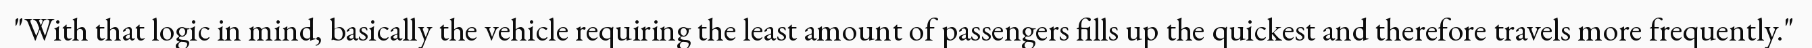
"With that logic in mind, basically the vehicle requiring the least amount of passengers fills up the quickest and therefore travels more frequently."